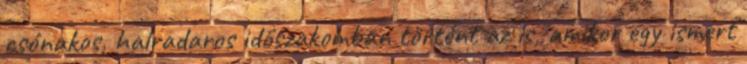
csónakos, halradaros időszakomban történt az is, amikor egy ismert